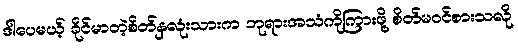
ဒါပေမယ့် ခိုင်မာတဲ့စိတ်နှလုံးသားက ဘုရားအသံကိုကြားဖို့ စိတ်မဝင်စားသလို